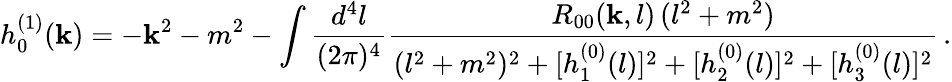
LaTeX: h_{0}^{(1)}(\mathbf{k})=-\mathbf{k}^{2}-m^{2}-\int{\frac{{d^{4}l}}{{(2\pi)^{4}}}}{\frac{{R_{00}(\mathbf{k},l)\, (l^{2}+m^{2})}}{{(l^{2}+m^{2})^{2}+[h_{1}^{(0)}(l)]^{2}+[h_{2}^{(0)}(l)]^{2}+[h_{3}^{(0)}(l)]^{2}}}}\, .